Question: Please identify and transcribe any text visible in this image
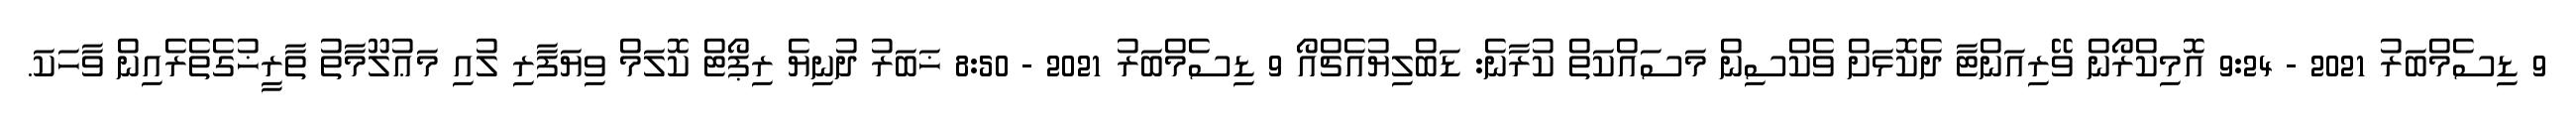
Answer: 9 ޑިސެމްބަރު 2021 - 9:24 އޮމިކްރޯން ވޭރިއަންޓާ ދެކޮޅަށް ވެކްސިން މަސައްކަތް ކުރާނެ: ޑަބްލިޔުއެޗްއޯ 9 ޑިސެމްބަރު 2021 - 8:50 ޚަބަރު ދުނިޔެ ރިޕޯޓް ކޮލަމް ވިޔަފާރި ލުއި މަޢުލޫމާތު ތާރީޚުގެތެރެއިން ވާހަކަ.